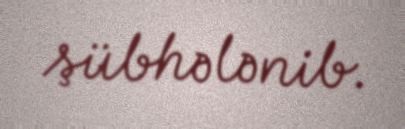
şübhələnib.